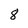
Character: 8